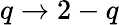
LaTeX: q\to 2-q